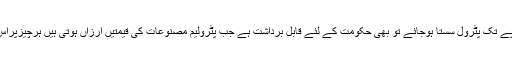
ہماری ناقص رائے کے مطابق تیس سے چالیس روپے تک پٹرول سستا ہوجائے تو بھی حکومت کے لئے قابل برداشت ہے جب پٹرولیم مصنوعات کی قیمتیں ارزاں ہوتی ہیں ہرچیزپراس کامثبت اثرپڑتاہے اورچیزیں بھی سستی ہوتی ہیں ۔